画像に写った文字を読んでください
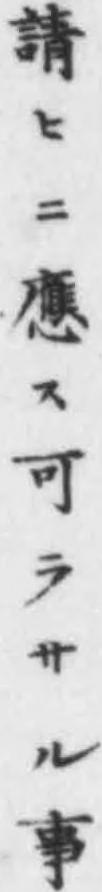
「請ヒニ應ス可ラサル事」と書いてあります